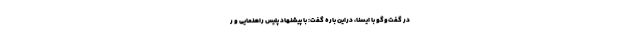
در گفت‌وگو با ایسنا، دراین باره گفت: با پیشنهاد پلیس راهنمایی و ر